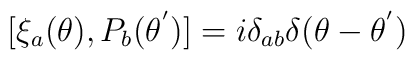
[{\xi}_a(\theta),P_b({\theta}^{'})]=i{\delta}_{ab}{\delta}(\theta - {\theta}^{'})